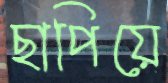
ছাপিয়ে